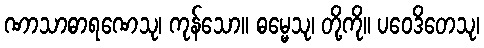
ဏာသာဓာရဏေသု၊ ကုန်သော။ ဓမ္မေသု၊ တို့ကို။ ပဝေဒိတေသု၊